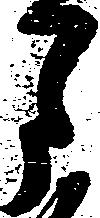
月